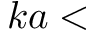
k a <